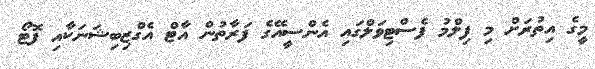
މީގެ އިތުރަށް މި ފިލްމު ފެސްޓިވަލްގައި އެންސީއޭގެ ފަރާތުން އާޓް އެގްޒިބިޝަނަކާއި ފޮޓޯ